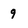
Character: 9